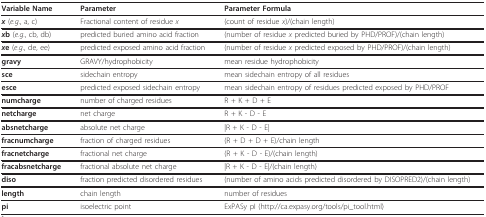
<table><thead><tr><td><b>Variable Name</b></td><td><b>Parameter</b></td><td><b>Parameter Formula</b></td></tr></thead><tbody><tr><td><b><i>x </i></b>(<i>e.g</i>., a, c)</td><td>Fractional content of residue <i>x</i></td><td>(count of residue <i>x</i>)/(chain length)</td></tr><tr><td><b><i>x</i>b </b>(<i>e.g</i>., cb, db)</td><td>predicted buried amino acid fraction</td><td>(number of residue <i>x </i>predicted buried by PHD/PROF)/(chain length)</td></tr><tr><td><b><i>x</i>e </b>(<i>e.g</i>., de, ee)</td><td>predicted exposed amino acid fraction</td><td>(number of residue <i>x </i>predicted exposed by PHD/PROF)/(chain length)</td></tr><tr><td><b>gravy</b></td><td>GRAVY/hydrophobicity</td><td>mean residue hydrophobicity</td></tr><tr><td><b>sce</b></td><td>sidechain entropy</td><td>mean sidechain entropy of all residues</td></tr><tr><td><b>esce</b></td><td>predicted exposed sidechain entropy</td><td>mean sidechain entropy of residues predicted exposed by PHD/PROF</td></tr><tr><td><b>numcharge</b></td><td>number of charged residues</td><td>R + K + D + E</td></tr><tr><td><b>netcharge</b></td><td>net charge</td><td>R + K - D - E</td></tr><tr><td><b>absnetcharge</b></td><td>absolute net charge</td><td>|R + K - D - E|</td></tr><tr><td><b>fracnumcharge</b></td><td>fraction of charged residues</td><td>(R + D + D + E)/chain length</td></tr><tr><td><b>fracnetcharge</b></td><td>fractional net charge</td><td>(R + K - D - E)/(chain length)</td></tr><tr><td><b>fracabsnetcharge</b></td><td>fractional absolute net charge</td><td>|R + K - D - E|/(chain length)</td></tr><tr><td><b>diso</b></td><td>fraction predicted disordered residues</td><td>(number of amino acids predicted disordered by DISOPRED2)/(chain length)</td></tr><tr><td><b>length</b></td><td>chain length</td><td>number of residues</td></tr><tr><td><b>pi </b></td><td>isoelectric point</td><td>ExPASy pI (http://ca.expasy.org/tools/pi_tool.html)</td></tr></tbody></table>